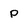
Character: p